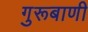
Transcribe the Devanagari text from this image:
गुरूबाणी